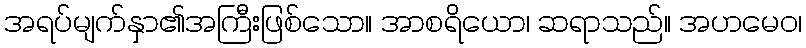
အရပ်မျက်နှာ၏အကြီးဖြစ်သော။ အာစရိယော၊ ဆရာသည်။ အဟမေဝ၊